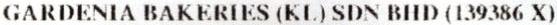
GARDENIA BAKERIES (KL) SDN BHD (139386 X)